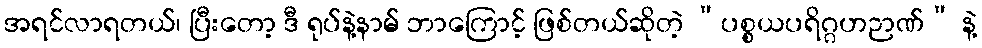
အရင်လာရတယ်၊ ပြီးတော့ ဒီ ရုပ်နဲ့နာမ် ဘာကြောင့် ဖြစ်တယ်ဆိုတဲ့ “ပစ္စယပရိဂ္ဂဟဉာဏ်” နဲ့